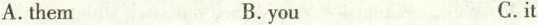
A.them B.you C.it